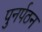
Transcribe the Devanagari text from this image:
पुनर्पठन